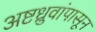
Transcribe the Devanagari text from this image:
अष्टध्रुवांपासून